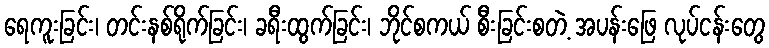
ရေကူးခြင်း၊ တင်းနစ်ရိုက်ခြင်း၊ ခရီးထွက်ခြင်း၊ ဘိုင်စကယ် စီးခြင်းစတဲ့ အပန်းဖြေ လုပ်ငန်းတွေ